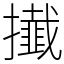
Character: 㩥